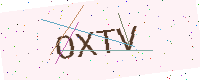
Text: OXTV